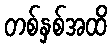
တစ်နှစ်အထိ